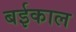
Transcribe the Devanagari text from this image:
बईकाल